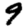
Digit: 9